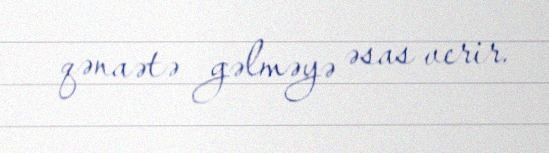
qənaətə gəlməyə əsas verir.